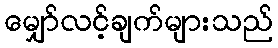
မျှော်လင့်ချက်များသည်